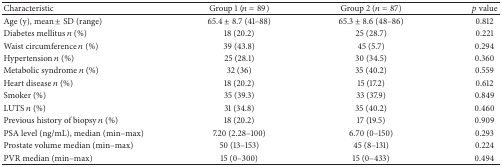
| Characteristic | Group 1 (n = 89) | Group 2 (n = 87) | p value |
 | --- | --- | --- | --- |
 | Age (y), mean ± SD (range) | 65.4 ± 8.7 (41–88) | 65.3 ± 8.6 (48–86) | 0.812 |
 | Diabetes mellitus n (%) | 18 (20.2) | 25 (28.7) | 0.221 |
 | Waist circumference n (%) | 39 (43.8) | 45 (5.7) | 0.294 |
 | Hypertension n (%) | 25 (28.1) | 30 (34.5) | 0.360 |
 | Metabolic syndrome n (%) | 32 (36) | 35 (40.2) | 0.559 |
 | Heart disease n (%) | 18 (20.2) | 15 (17.2) | 0.612 |
 | Smoker (%) | 35 (39.3) | 33 (37.9) | 0.849 |
 | LUTS n (%) | 31 (34.8) | 35 (40.2) | 0.460 |
 | Previous history of biopsy n (%) | 18 (20.2) | 17 (19.5) | 0.909 |
 | PSA level (ng/mL), median (min–max) | 7.20 (2.28–100) | 6.70 (0–150) | 0.293 |
 | Prostate volume median (min–max) | 50 (13–153) | 45 (8–131) | 0.224 |
 | PVR median (min–max) | 15 (0–300) | 15 (0–433) | 0.494 |